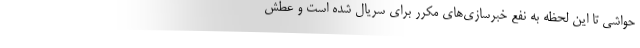
حواشی تا این لحظه به نفع خبرسازی‌های مکرر برای سریال شده است و عطش